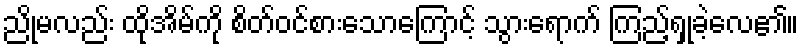
ညိုမလည်း ထိုအိမ်ကို စိတ်ဝင်စားသောကြောင့် သွားရောက် ကြည့်ရှုခဲ့လေ၏။